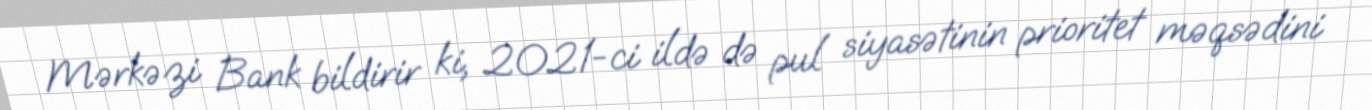
Mərkəzi Bank bildirir ki, 2021-ci ildə də pul siyasətinin prioritet məqsədini